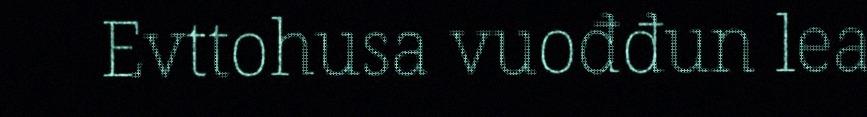
Evttohusa vuođđun lea